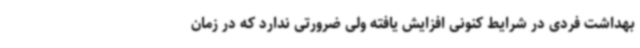
بهداشت فردی در شرایط کنونی افزایش یافته ولی ضرورتی ندارد که در زمان